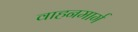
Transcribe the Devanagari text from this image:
वाहनमार्ग